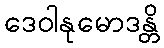
ဒေဝါနုမောဒန္တိ